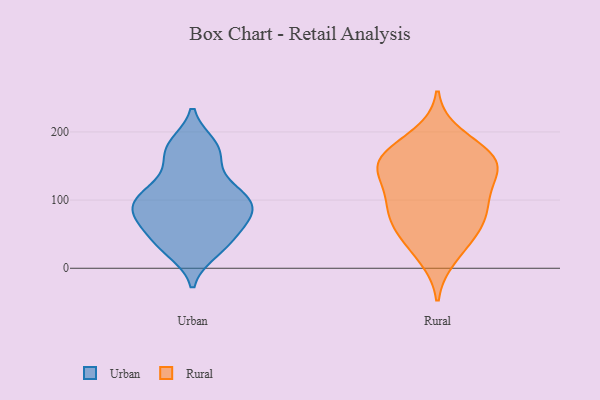
{"axis": {"x": "Customer Acquisition Cost (USD)", "y": "Value"}, "legend": ["Rural", "Urban"], "data": [{"x": "", "y": 123, "type": "Urban"}, {"x": "", "y": 160, "type": "Urban"}, {"x": "", "y": 176, "type": "Urban"}, {"x": "", "y": 25, "type": "Urban"}, {"x": "", "y": 75, "type": "Urban"}, {"x": "", "y": 43, "type": "Urban"}, {"x": "", "y": 76, "type": "Urban"}, {"x": "", "y": 66, "type": "Urban"}, {"x": "", "y": 181, "type": "Urban"}, {"x": "", "y": 98, "type": "Urban"}, {"x": "", "y": 34, "type": "Urban"}, {"x": "", "y": 91, "type": "Urban"}, {"x": "", "y": 101, "type": "Urban"}, {"x": "", "y": 110, "type": "Urban"}, {"x": "", "y": 58, "type": "Rural"}, {"x": "", "y": 72, "type": "Rural"}, {"x": "", "y": 36, "type": "Rural"}, {"x": "", "y": 93, "type": "Rural"}, {"x": "", "y": 135, "type": "Rural"}, {"x": "", "y": 157, "type": "Rural"}, {"x": "", "y": 67, "type": "Rural"}, {"x": "", "y": 102, "type": "Rural"}, {"x": "", "y": 151, "type": "Rural"}, {"x": "", "y": 170, "type": "Rural"}, {"x": "", "y": 142, "type": "Rural"}, {"x": "", "y": 195, "type": "Rural"}, {"x": "", "y": 98, "type": "Rural"}, {"x": "", "y": 17, "type": "Rural"}, {"x": "", "y": 162, "type": "Rural"}, {"x": "", "y": 157, "type": "Rural"}]}